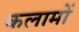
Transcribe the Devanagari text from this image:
कलामों